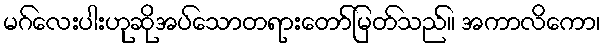
မဂ်လေးပါးဟုဆိုအပ်သောတရားတော်မြတ်သည်။ အကာလိကော၊